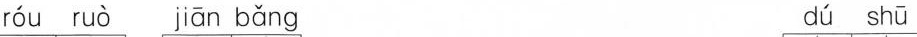
róu ruò jiān bǎng dú shū